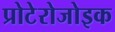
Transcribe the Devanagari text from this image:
प्रोटेरोजोइक